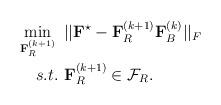
LaTeX: \begin{align*}\begin{aligned} \min_{\mathbf{F}_R^{(k+1)}}~& ||\mathbf{F}^\star - \mathbf{F}_R^{(k+1)}\mathbf{F}_B^{(k)}||_F\\ s.t.~& \mathbf{F}_R^{(k+1)} \in \mathcal{F}_R.\end{aligned}\end{align*}